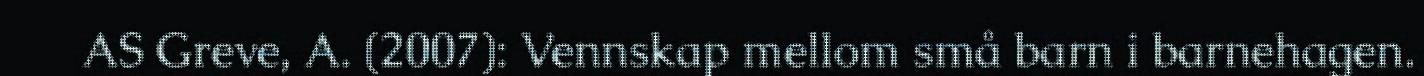
AS Greve, A. (2007): Vennskap mellom små barn i barnehagen.